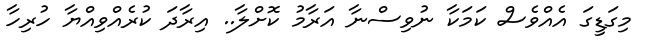
މިގަޑީގަ އެއްވެސް ކަމަކާ ނުވިސްނާ އަރާމު ކޮށްލާ.. އިރާދަ ކުރެއްވިއްޔާ ހުރިހާ